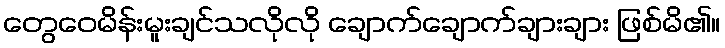
တွေဝေမိန်းမူးချင်သလိုလို ချောက်ချောက်ချားချား ဖြစ်မိ၏။